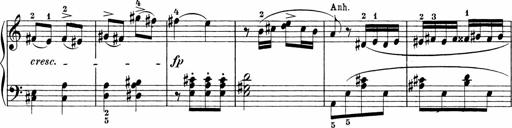
Title: Sonatinen Op.47, 98 und 136, nebst 6 Liedersonatinen
Composer: Carl Reinecke